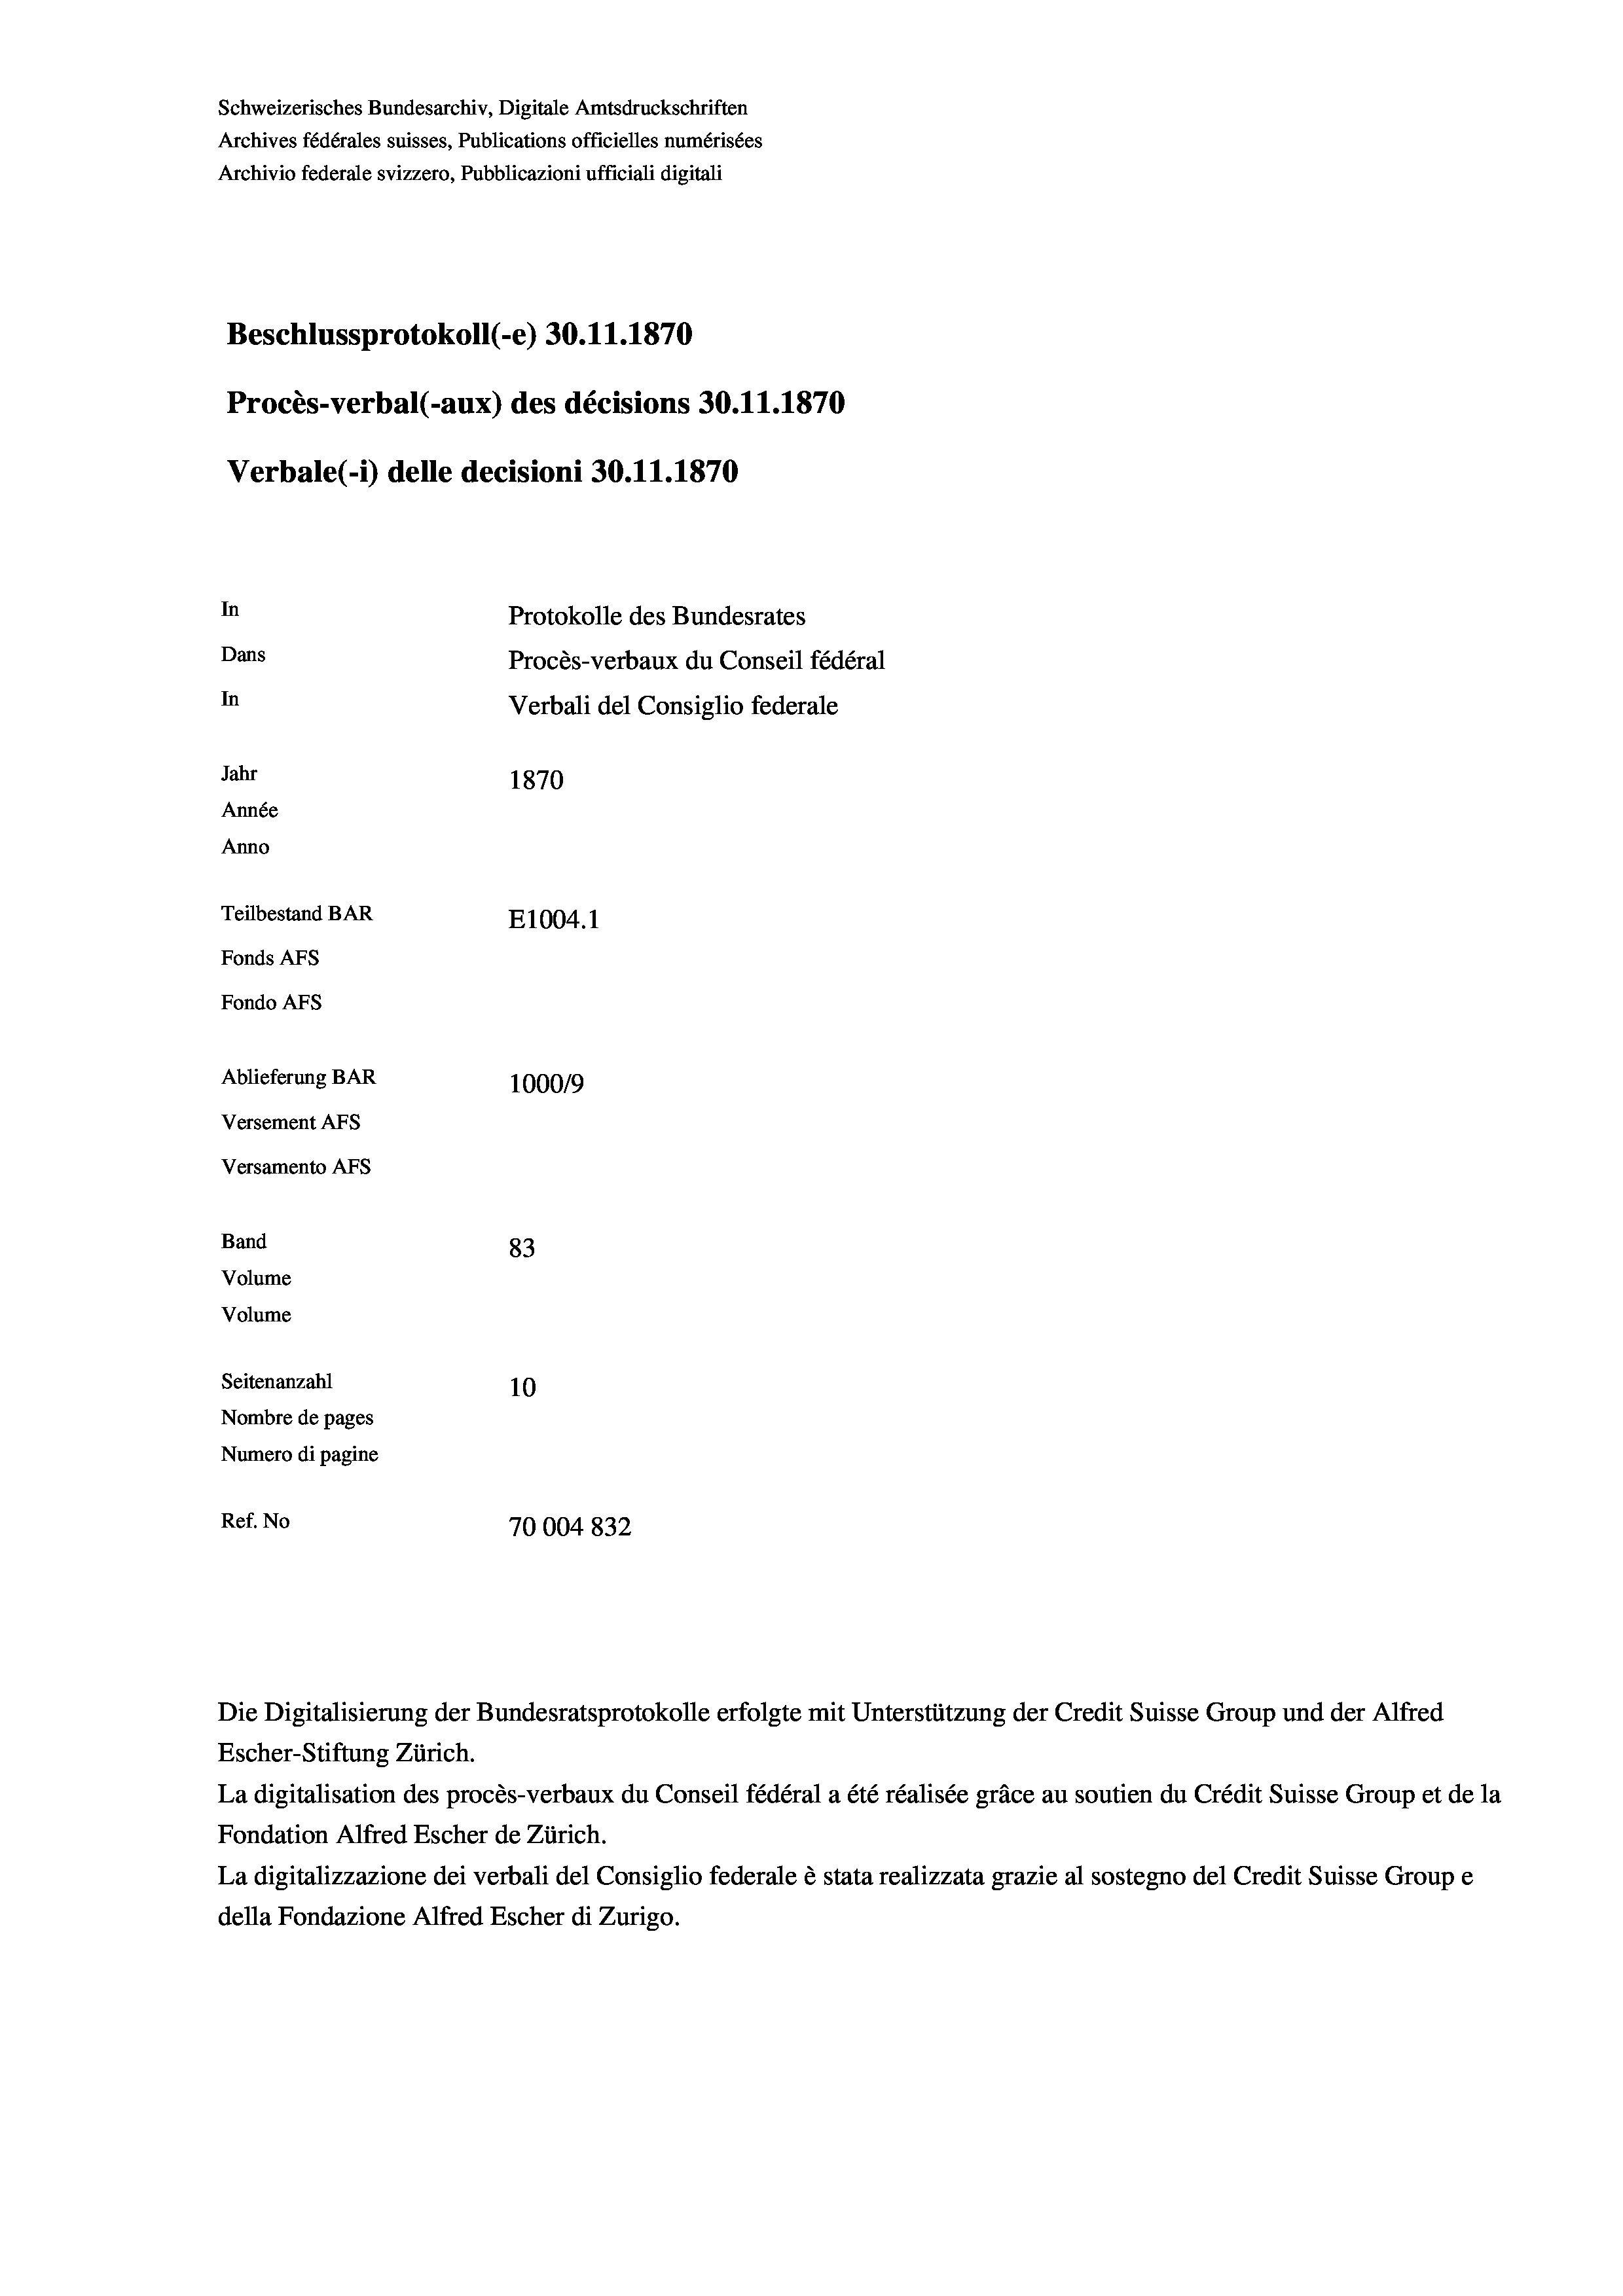
Schweizerisches Bundesarchiv, Digitale Amtsdruckschriften
Archives fédérales suisses, Publications officielles numérisées
Archivio federale svizzero, Pubblicazioni ufficiali digitali
Beschlussprotokoll (-e) 30.11.1870
Procès-verbal (-aux) des décisions 30.11.1870
Verbale(-*) delle decisioni 30.11.1870
In
Protokolle des Bundesrates
Dans
Procès-verbaux du Conseil fédéral
In
Verbali del Consiglio federale
Jahr
1870
Année
Anno
Teilbestand BAR
E1004.1
Fonds AFs
Fondo AFs
Ablieferung BAR
1000/9
Versement Abs
Versamento Afs
Band
83
Volume
Volume
Seitenanzahl
10
Nombre de pages
Numero di pagine
Ref. No
70004 832

Escher-Stiftung Zürich.
La digitalisation des procès-verbaux du Conseil fédéral a été réalisée gräce au soutien du Crédit Suisse Group et de la
Fondation Alfred Escher de Zürich.
La digitalizzazione dei verbali del Consiglio federale è stata realizzata grazie al sostegno del Credit Suisse Groupe
della Fondazione Alfred Escher di Zurigo.

Die Digitalisierung der Bundesratsprotokolle erfolgte mit Unterstützung der Credit Suisse Group und der Alfred